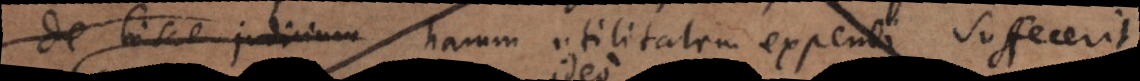
de hisce judicium harum utilitatem expendi suffecerit.